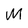
Character: M